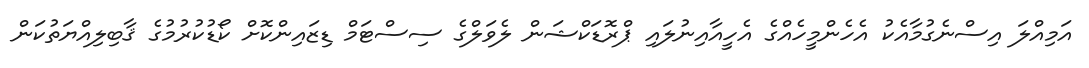
އަމިއްލަ އިސްނެގުމާއެކު އެހެންމީހެއްގެ އެހީއާއިނުލައި ޕްރޮޑަކްޝަން ލެވަލްގެ ސިސްޓަމް ޑިޒައިންކޮށް ކޯޑުކުރުމުގެ ޤާބިލިއްޔަތުކަން